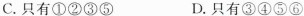
C.只有①②③⑤ D.只有③④⑤⑥